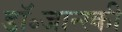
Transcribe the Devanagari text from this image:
डॉ॰जान्स्की